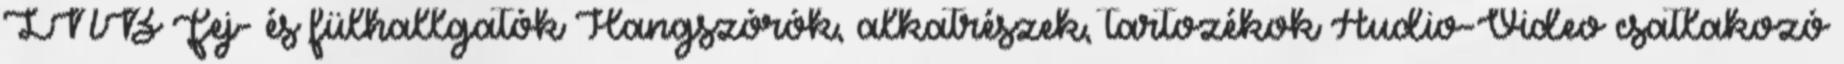
LNB Fej- és fülhallgatók Hangszórók, alkatrészek, tartozékok Audio-Video csatlakozó